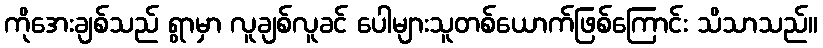
ကိုအေးချစ်သည် ရွာမှာ လူချစ်လူခင် ပေါများသူတစ်ယောက်ဖြစ်ကြောင်း သိသာသည်။